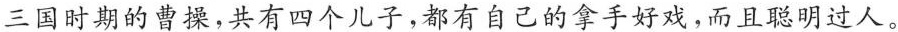
三国时期的曹操，共有四个儿子，都有自己的拿手好戏，而且聪明过人。